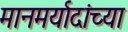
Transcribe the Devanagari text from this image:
मानमर्यादांच्या